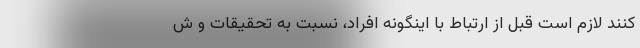
کنند لازم است قبل از ارتباط با اینگونه افراد، نسبت به تحقیقات و ش